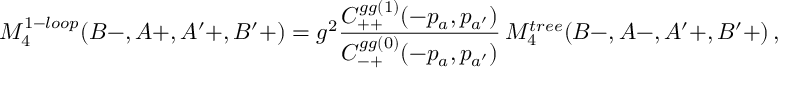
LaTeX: M _ { 4 } ^ { 1 - l o o p } ( B - , A + , A ^ { \prime } + , B ^ { \prime } + ) = g ^ { 2 } { \frac { C _ { + + } ^ { g g ( 1 ) } ( - p _ { a } , p _ { a ^ { \prime } } ) } { C _ { - + } ^ { g g ( 0 ) } ( - p _ { a } , p _ { a ^ { \prime } } ) } } \, M _ { 4 } ^ { t r e e } ( B - , A - , A ^ { \prime } + , B ^ { \prime } + ) \, ,